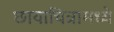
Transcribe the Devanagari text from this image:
छायाचित्रामध्ये